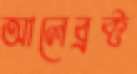
আলেব্রক্ট